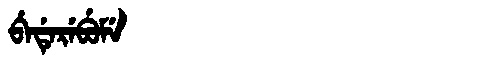
Manchu: ᠪᡝᡩᡝᡵᡝᠪᡠᠮᡝ
Romanization: BEDEREBUME